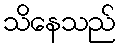
သိနေသည်